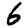
Digit: 6